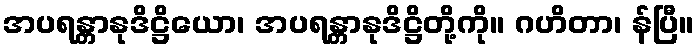
အပရန္တာနုဒိဋ္ဌိယော၊ အပရန္တာနုဒိဋ္ဌိတို့ကို။ ဂဟိတာ၊ န်ပြီ။